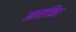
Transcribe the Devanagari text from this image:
आसक्ति।